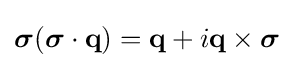
{\boldsymbol {\sigma }}({\boldsymbol {\sigma }}\cdot \mathbf {q} )=\mathbf {q} +i\mathbf {q} \times {\boldsymbol {\sigma }}